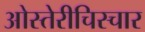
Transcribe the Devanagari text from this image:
ओस्तेरीचिस्चार